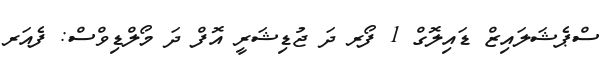
ސްޕެޝަލައިޒް ޑައިލޮގް 1 ފޯރ ދަ ޖުޑިޝަރީ އޮފް ދަ މޯލްޑިވްސް: ފެއަރ